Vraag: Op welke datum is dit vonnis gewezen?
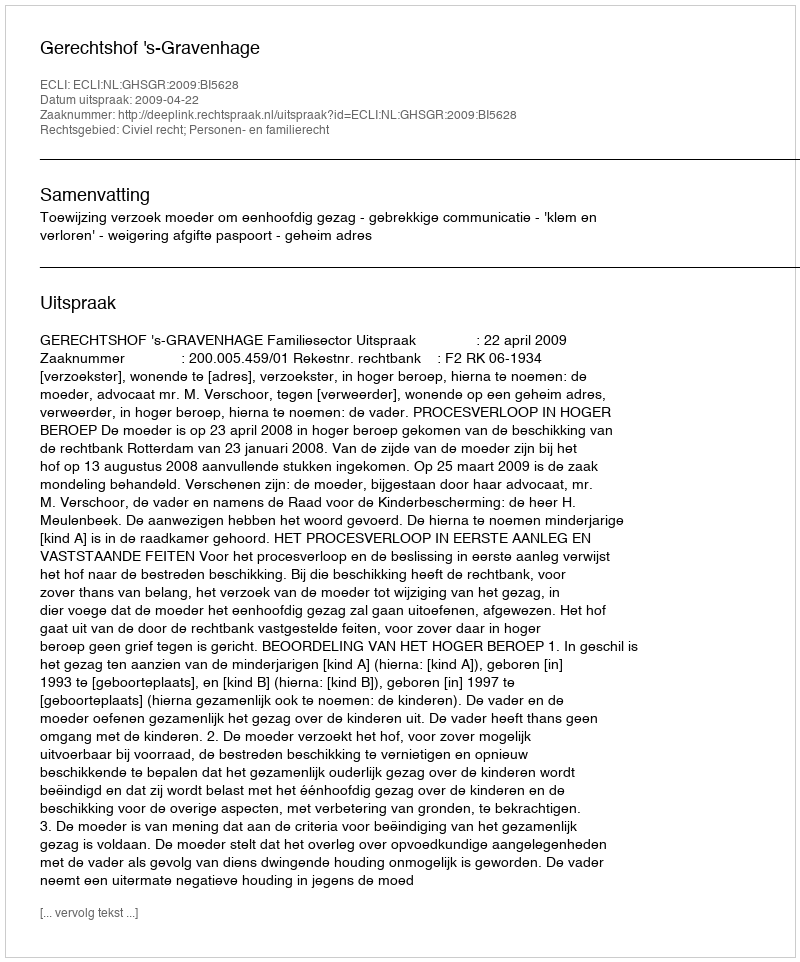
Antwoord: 2009-04-22